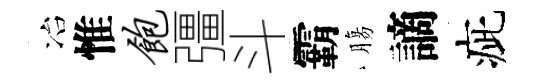
冶惟饱彊斗霸膓謫疵